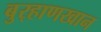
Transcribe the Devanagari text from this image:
बुर्‍हाणखान